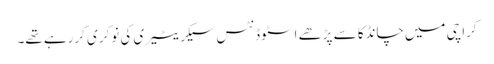
کراچی میں‌چانڈکا سے پڑھے اسٹوڈنٹس سیکریٹیری کی نوکری کررہے تھے۔